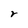
Character: r